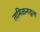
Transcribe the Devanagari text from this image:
तामिळनाडूला